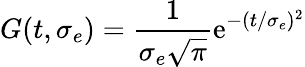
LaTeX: G(t,\sigma_{e})=\frac{1}{\sigma_{e}\sqrt{\pi}}\mathrm{e}^{-(t/\sigma_{e})^{2}}